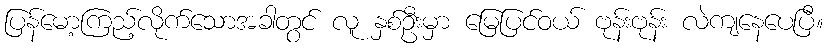
ပြန်မော့ကြည့်လိုက်သောအခါတွင် လူ နှစ်ဦးမှာ မြေပြင်ဝယ် ဗုန်းဗုန်း လဲကျနေပေပြီ။